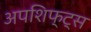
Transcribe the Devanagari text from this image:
अपशिफ्ट्स